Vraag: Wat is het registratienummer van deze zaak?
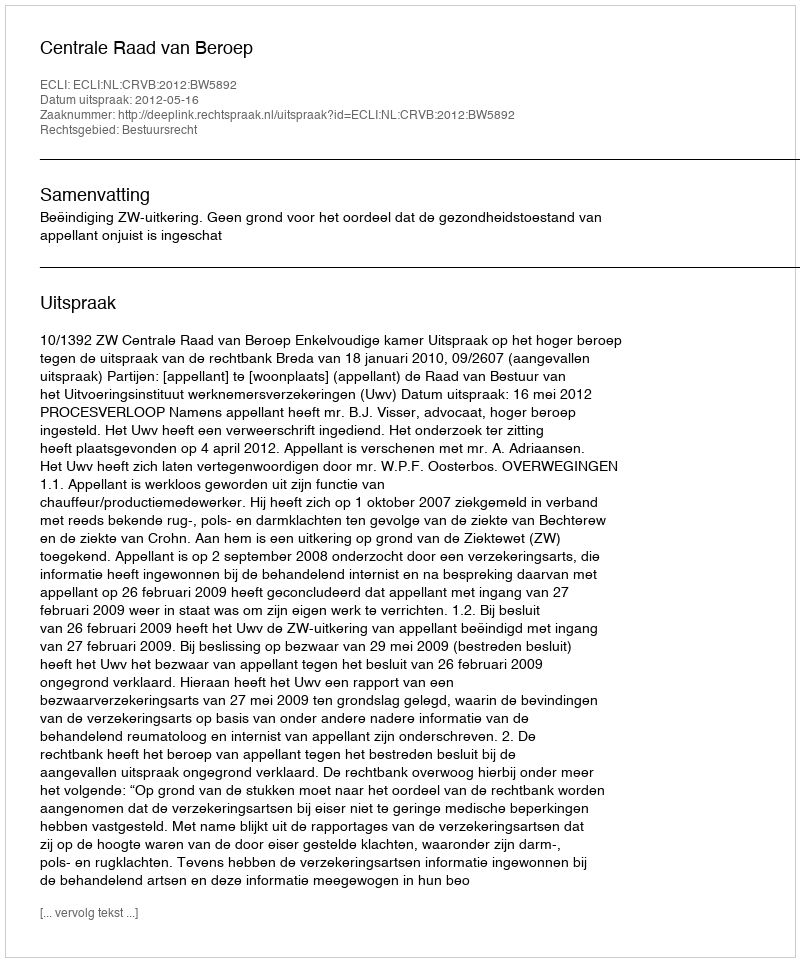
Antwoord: http://deeplink.rechtspraak.nl/uitspraak?id=ECLI:NL:CRVB:2012:BW5892